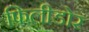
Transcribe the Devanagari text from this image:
फिलीडोर